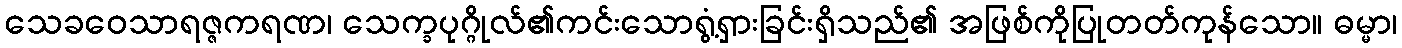
သေခဝေသာရဇ္ဇကရဏ၊ သေက္ခပုဂ္ဂိုလ်၏ကင်းသောရွံ့ရှားခြင်းရှိသည်၏ အဖြစ်ကိုပြုတတ်ကုန်သော။ ဓမ္မာ၊